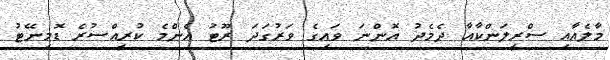
މާލެއާއި ސްރީލަންކާއާ ދެމެދު އޮންނަ ވައިގެ ވަރުގަދަ ރޫޓު އެންމެ ކުރީއްސުރެ ޑޮމިނޭޓު